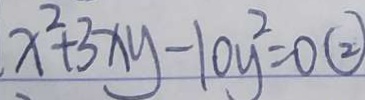
x ^ { 2 } + 3 x y - 1 0 y ^ { 2 } = 0 \textcircled { 2 }